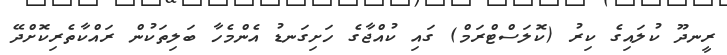
ރީނދޫ ކުލައިގެ ކިރު (ކޮލަސްޓްރަމް) ގައި ކުއްޖާގެ ހަށިގަނޑު އެންމެހާ ބަލިތަކުން ރައްކާތެރިކޮށްދޭ